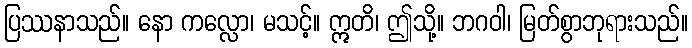
ပြဿနာသည်။ နော ကလ္လော၊ မသင့်။ ဣတိ၊ ဤသို့။ ဘဂဝါ၊ မြတ်စွာဘုရားသည်။